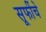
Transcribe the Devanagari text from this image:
सूफींचे